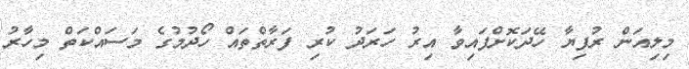
މިލިއަން ރުފިޔާ ހޭދަކޮށްފައިވާ އިރު ހަރަދު ކުރި ފަރާތްތައް ހޯދުމުގެ މަސައްކަތް މިހާރު